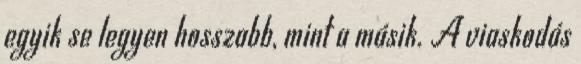
egyik se legyen hosszabb, mint a másik. A viaskodás